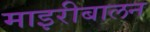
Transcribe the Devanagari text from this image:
माइरीबालन